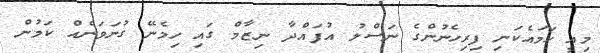
މިއީ ހަމައެކަނި ފިރިހެނުންގެ ނަސްލު އުފައްދާ ނިޒާމް ގައި ހިމެނޭ ގުނަވަނެއް ކަމުން